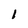
Character: 1